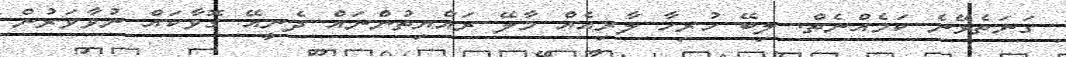
ގަނަތެޅޭނެ ކަމެއްނެތް. ލިބޭ ހުރިހާ ލާރިއެއް މާލޭ ރައްޔިތުންނައް ދެނީއޭ ގޮވާކައް ނުވާވަރުން